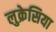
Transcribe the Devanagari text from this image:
लुक्रेसिया